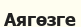
Аягөзге